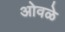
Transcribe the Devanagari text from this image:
ओवळे